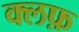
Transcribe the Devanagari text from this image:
क्लफ़